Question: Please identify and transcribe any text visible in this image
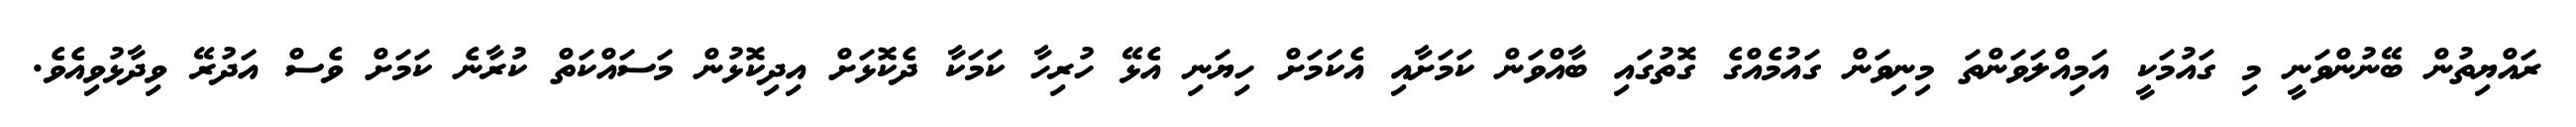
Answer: ރައްޔިތުން ބޭނުންވަނީ މި ގައުމަކީ އަމިއްލަވަންތަ މިނިވަން ގައުމެއްގެ ގޮތުގައި ބާއްވަން ކަމަށާއި އެކަމަށް ހިޔަނި އެޅޭ ހުރިހާ ކަމަކާ ދެކޮޅަށް އިދިކޮޅުން މަސައްކަތް ކުރާނެ ކަމަށް ވެސް އަދުރޭ ވިދާޅުވިއެވެ.